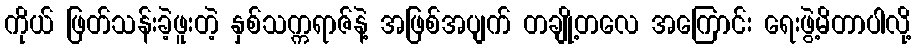
ကိုယ် ဖြတ်သန်းခဲ့ဖူးတဲ့ နှစ်သက္ကရာဇ်နဲ့ အဖြစ်အပျက် တချို့တလေ အကြောင်း ရေးဖွဲ့မိတာပါလို့